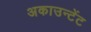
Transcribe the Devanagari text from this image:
अकाउन्टेंट